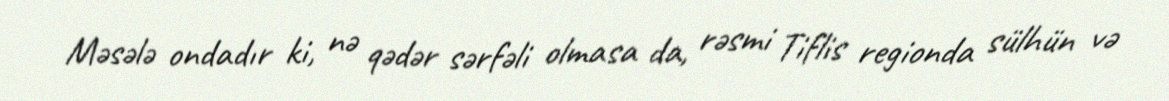
Məsələ ondadır ki, nə qədər sərfəli olmasa da, rəsmi Tiflis regionda sülhün və